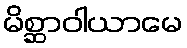
မိစ္ဆာဝါယာမေ